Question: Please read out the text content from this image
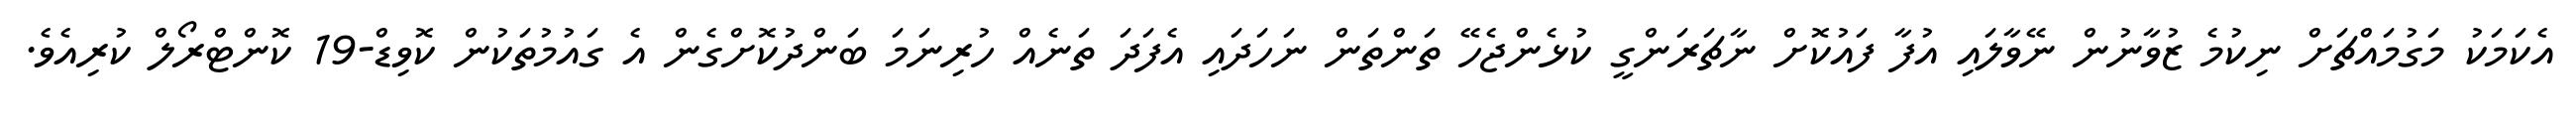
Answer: އެކަމަކު މަގުމައްޗަށް ނިކުމެ ޒުވާނުން ނޭވާލައި އުފާ ފައުކޮށް ނާޗަރަންގީ ކުޅެންޖެހޭ ތަންތަން ނަހަދައި އެފަދަ ތަނެއް ހުރިނަމަ ބަންދުކޮށްގެން އެ ގައުމުތަކުން ކޮވިޑް-19 ކޮންޓްރޯލް ކުރިއެވެ.